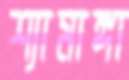
শ্যামাঙ্গা